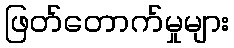
ဖြတ်တောက်မှုများ